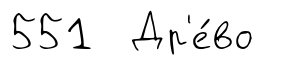
551 Др'е́во